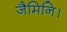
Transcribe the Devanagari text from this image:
जैमिनि।